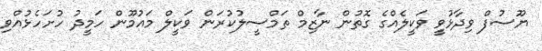
ޔޫސުފް ވިދާޅުވީ ވަކީލެއްގެ ގޮތުން ނާޒިމް ތަމްސީލުކުރަން ވަކީލް މައުމޫން ހަމީދު ހުށަހެޅުއްވި